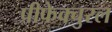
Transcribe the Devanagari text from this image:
प्रीफेक्चुरल